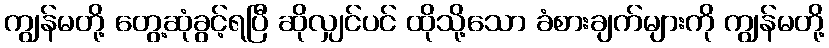
ကျွန်မတို့ တွေ့ဆုံခွင့်ရပြီ ဆိုလျှင်ပင် ထိုသို့သော ခံစားချက်များကို ကျွန်မတို့